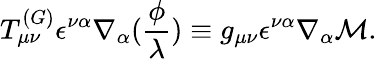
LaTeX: T_{\mu\nu}^{(G)}\epsilon^{\nu\alpha}\nabla_{\alpha}(\frac\phi\lambda)\equiv g_{\mu\nu}\epsilon^{\nu\alpha}\nabla_{\alpha}{\cal M}.